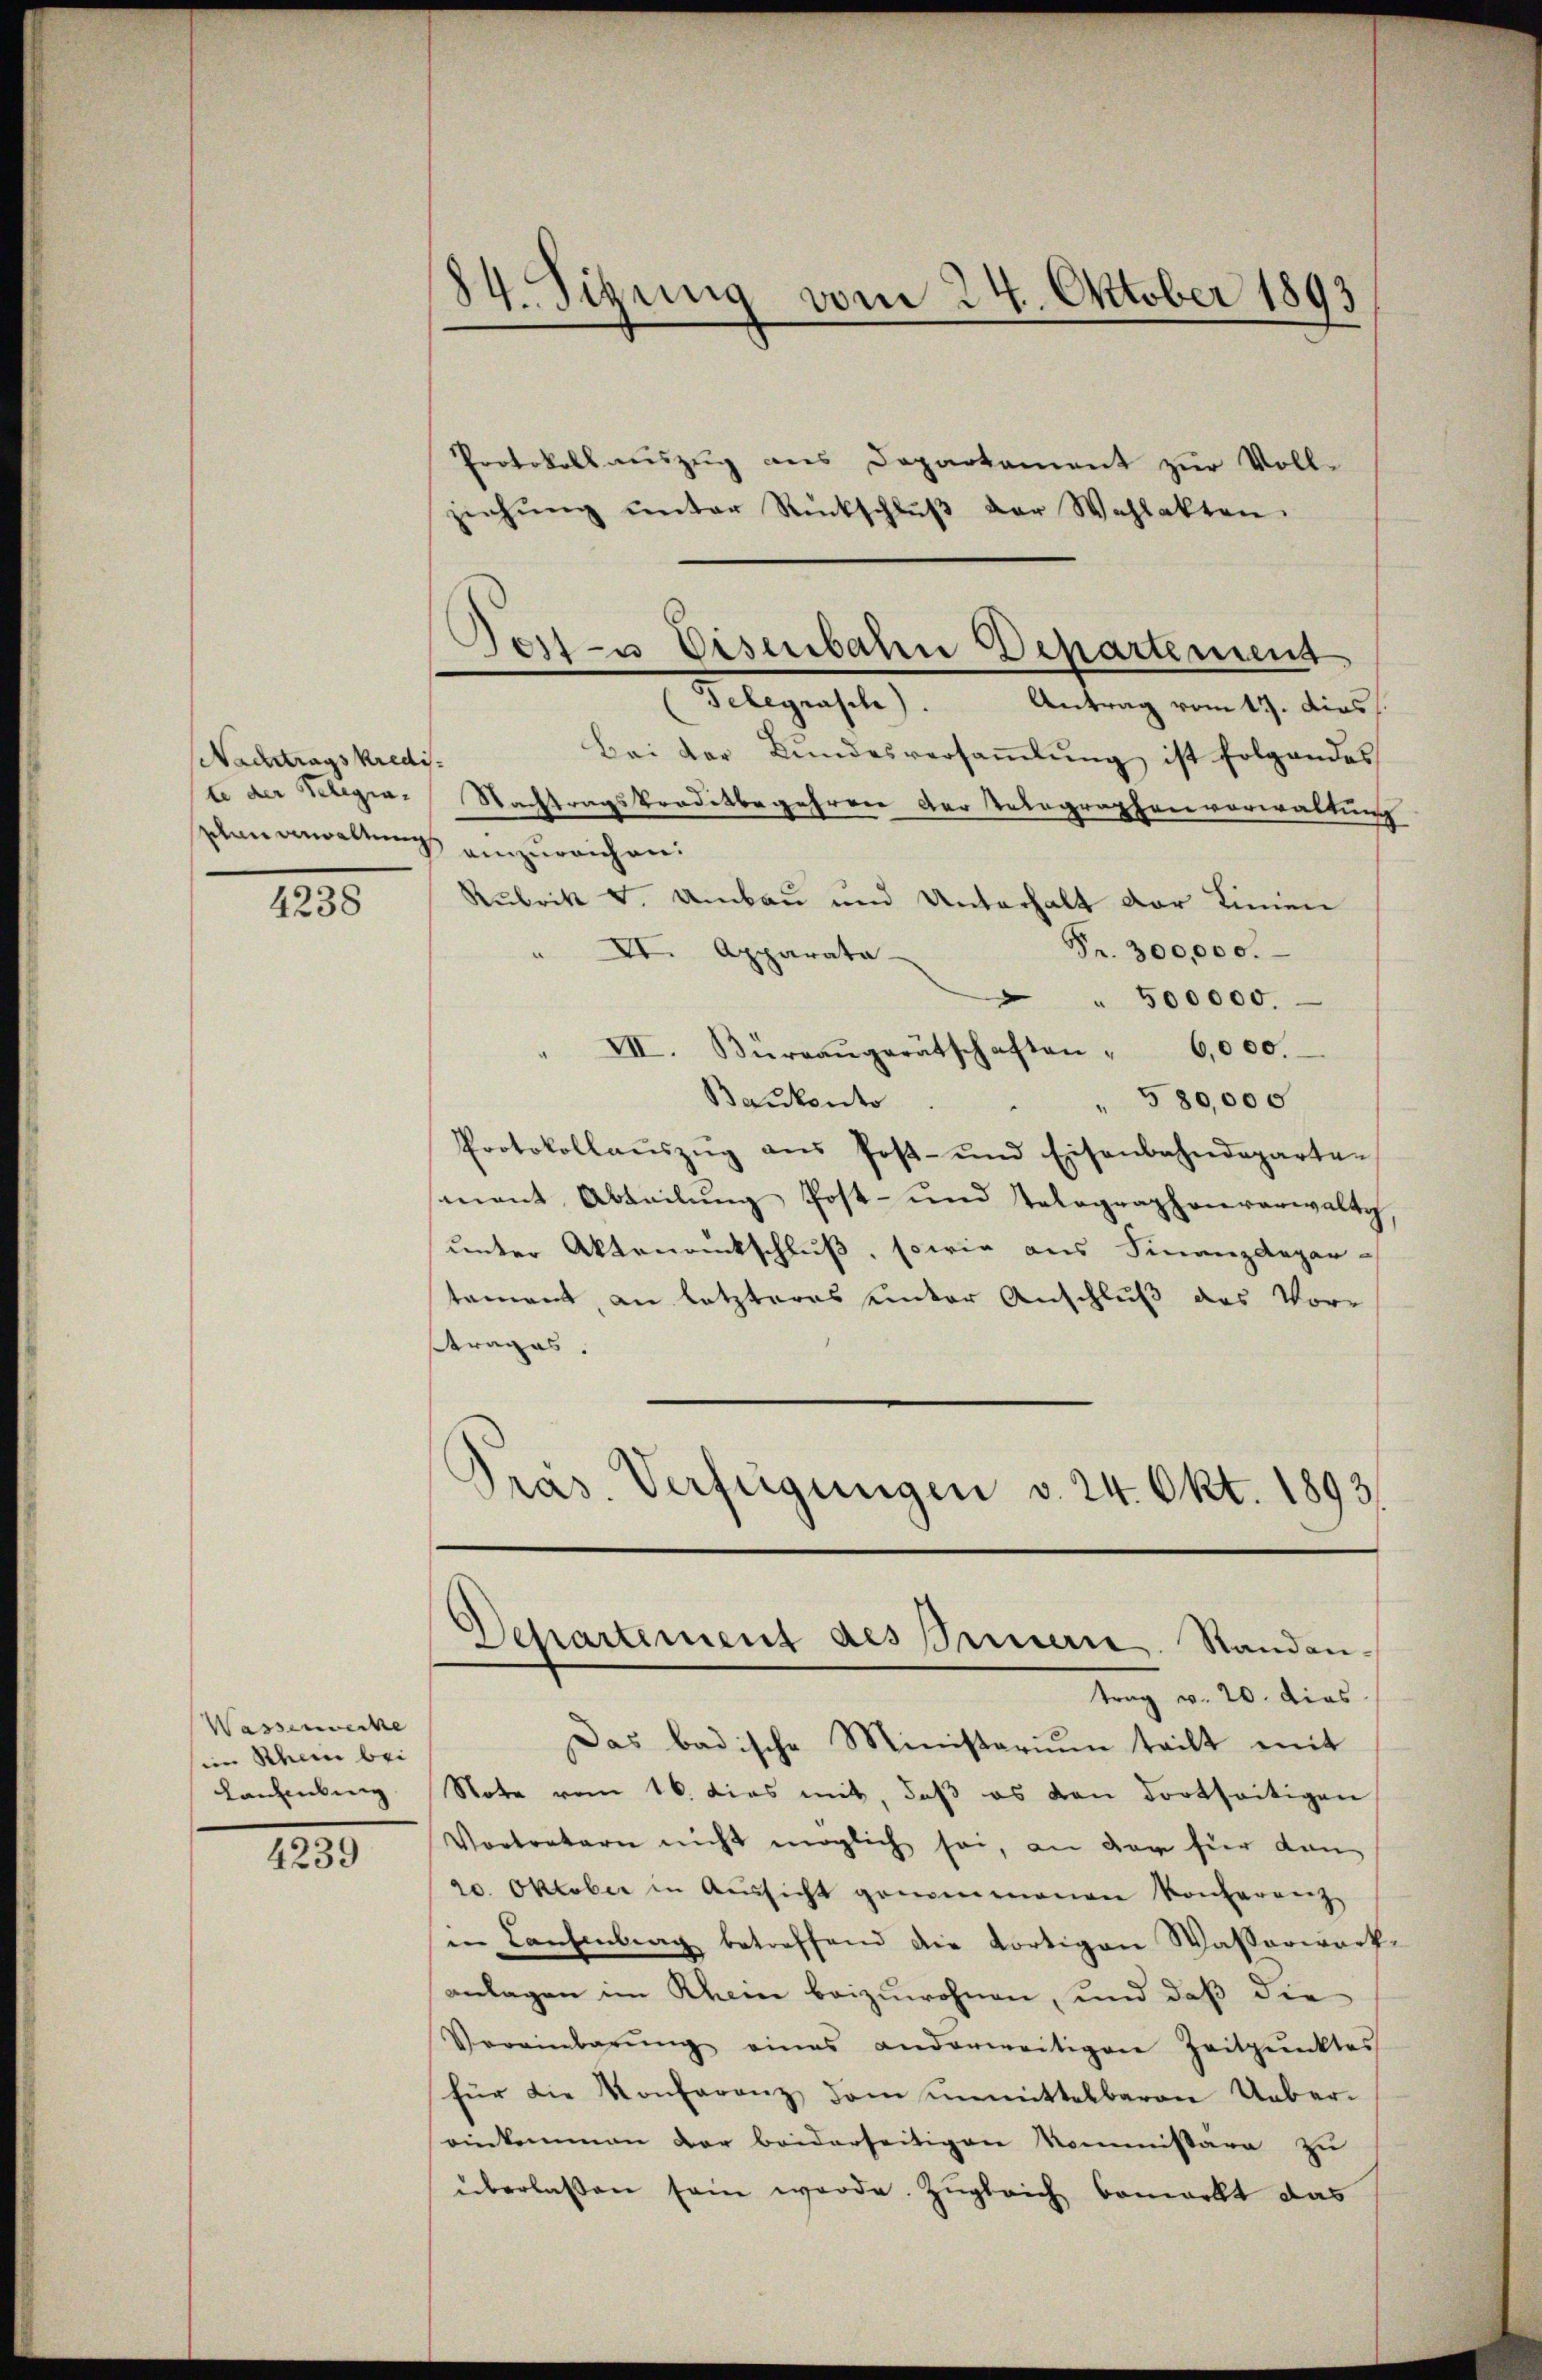
Nachtragskredis

4238

Wasserwecke
in Rhein bei
Lanhebung

4239

84. Sitzung vom 24. Oktober 1893

Protokollauszug aus Departament zur Voll-
ziehŭng ŭnter Rückschlŭβ der Wahlakten.
Antrag vom 17. dies
Bei der Bŭndesversaṁlŭng ist folgendes
te der Telegia. Nachtragsbrodetbegehren der Telegraphenvorwaltung
plan anwaltung einzureichen.
Rubrik v. Umbau und Unterhalt der Linien
Fr. 300,000.
VI. Apparata-
500000.
VII. Büreaŭgerätschaften " 6,000.
" 580,000
Bankento.
Protokollaŭszŭg aŭs Post- und Eisenbahndeparten
mant Abteilŭng Post- und Telegraphenverwaltg,
unter Aktenrückschluß, sowie aus Finanzdepar-
tament, an letzteres unter Anschluß das Vor-
trages.
Pras. Verfügungen v. 24. Okt. 1893

Torte Eisenbahn Departement
Gelegenhe

.
Separtement des Innern Standen-
trag v. 20. dies

Das badische Ministerium teilt mit
Note vom 16. dies mit, daß es den dortseitigen
Vortretern nicht möglich sei, an der für dan
20. Oktober in Aŭssicht genommenen Konferenz
in Laufenburg betreffend die Kortigen Wasserwerkanlagen im Rhein beizuwohnen, und daß die
Vereinbarŭng eines anderweitigen Zeitpunktes
für die Konferenz dem unmittelbaron Ueber-
einkommen der beiderseitigen Nommissäre zu
überlassen sein werde. Zŭgleich bemerkt das